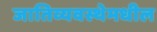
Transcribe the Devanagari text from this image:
जातिव्यवस्थेमधील